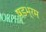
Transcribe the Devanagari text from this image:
षडभ्रम